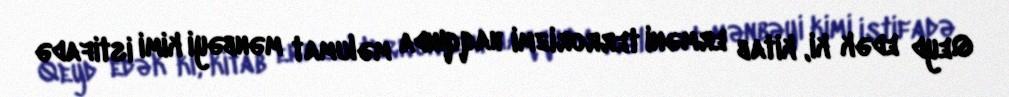
Qeyd edək ki, kitab erməni terrorizmi haqqında məlumat mənbəyi kimi istifadə